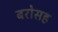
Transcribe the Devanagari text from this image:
बरोसह